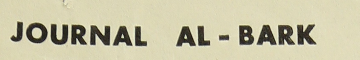
Journal Al - Bark